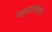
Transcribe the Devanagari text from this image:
महासंस्थानाम